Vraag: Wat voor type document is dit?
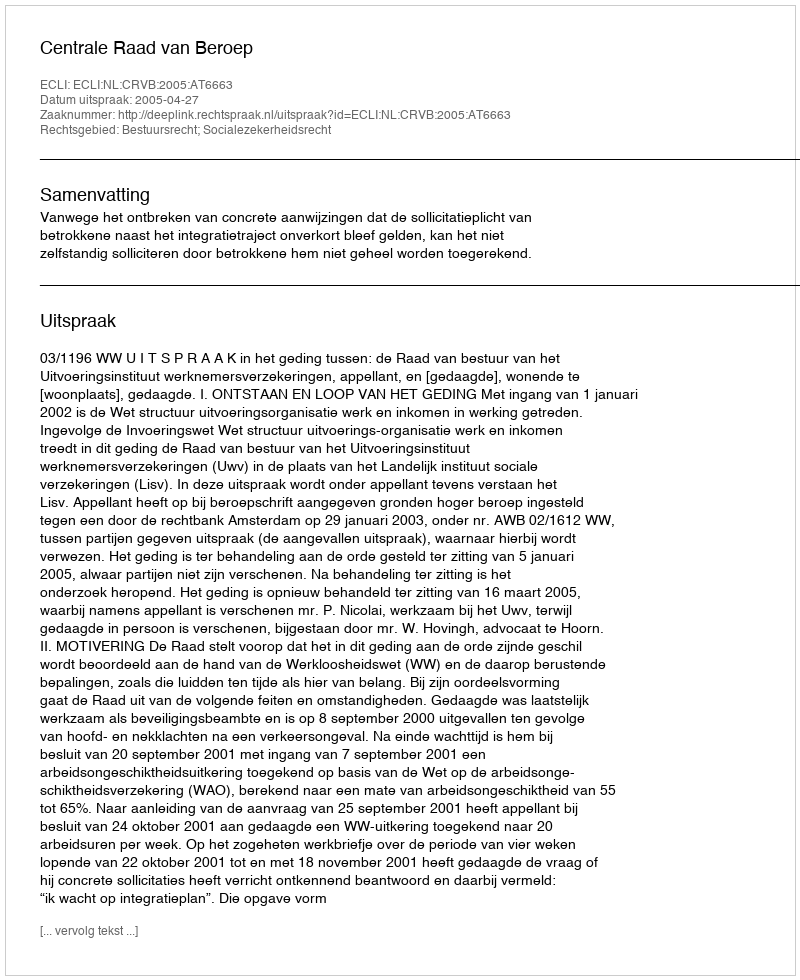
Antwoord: Uitspraak